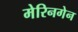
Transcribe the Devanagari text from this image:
मेरिनगेन